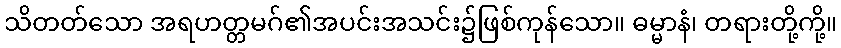
သိတတ်သော အရဟတ္တမဂ်၏အပင်းအသင်း၌ဖြစ်ကုန်သော။ ဓမ္မာနံ၊ တရားတို့ကို့။